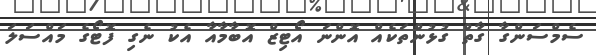
ސެމްސަންގާ ގާތް ގުޅުންތަކެއް އޮންނަ އޯޓިޒް އޮބާމާއާ އެކު ނެގި ފޮޓޯގެ މައްސަލަ